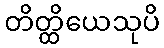
တိတ္ထိယေသုပိ